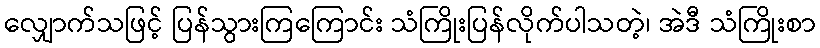
လျှောက်သဖြင့် ပြန်သွားကြကြောင်း သံကြိုးပြန်လိုက်ပါသတဲ့၊ အဲဒီ သံကြိုးစာ